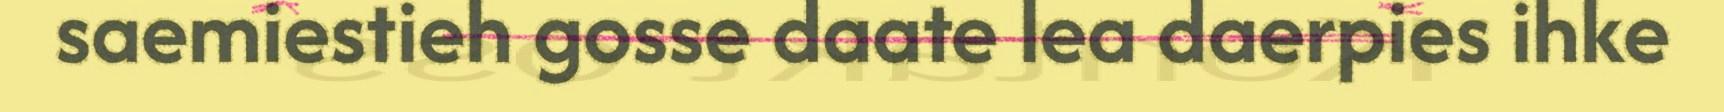
saemiestieh gosse daate lea daerpies ihke